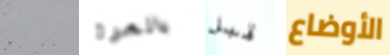
أتركنى بالمرة قبل الأوضاع